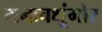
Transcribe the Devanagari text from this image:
मनःचक्षूंमोर